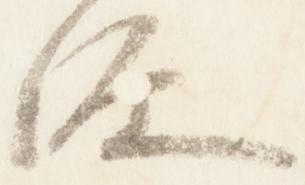
源